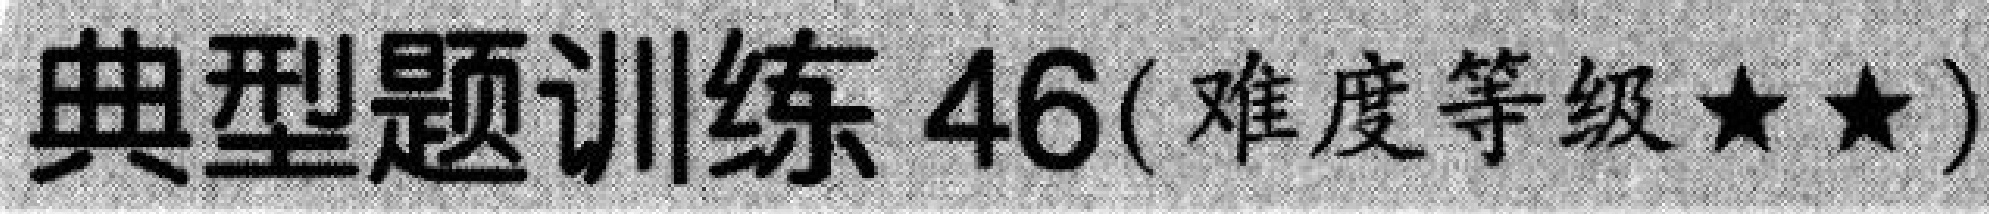
典型题训练 46(难度等级★★)